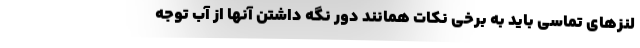
لنزهای تماسی باید به برخی نکات همانند دور نگه داشتن آنها از آب توجه